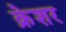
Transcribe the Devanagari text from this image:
क्रेशर